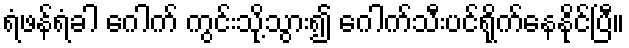
ရံဖန်ရံခါ ဂေါက် ကွင်းသို့သွား၍ ဂေါက်သီးပင်ရိုက်နေနိုင်ပြီ။